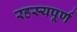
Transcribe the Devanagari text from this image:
रहस्‍यपूर्ण